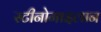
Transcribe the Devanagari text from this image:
स्टीनोमाइलान